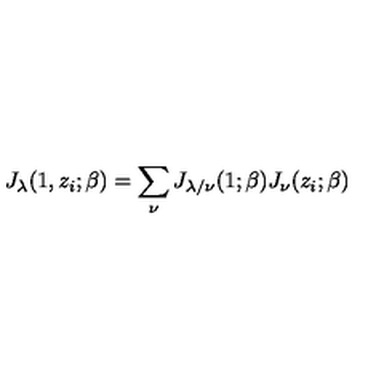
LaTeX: J _ { \lambda } ( 1 , z _ { i } ; \beta ) = \sum _ { \nu } J _ { \lambda / \nu } ( 1 ; \beta ) J _ { \nu } ( z _ { i } ; \beta )